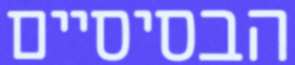
הבסיסיים